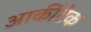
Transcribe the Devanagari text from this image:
आर्कीटेक